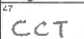
Transcription: CCT